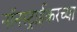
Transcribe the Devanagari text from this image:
नॉनस्ट्राईकरच्या